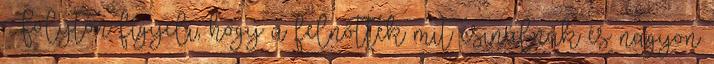
Folyton figyeli, hogy a felnőttek mit csinálnak és nagyon